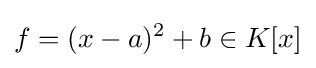
f=(x-a)^{2}+b\in K[x]